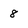
Character: 8